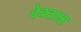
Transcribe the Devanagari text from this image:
देवताला